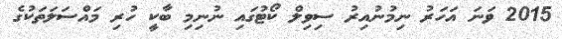
2015 ވަނަ އަހަރު ނިމުނުއިރު ސިވިލް ކޯޓުގައި ނުނިމި ބާކީ ހުރި މައްސަލަތަކުގެ